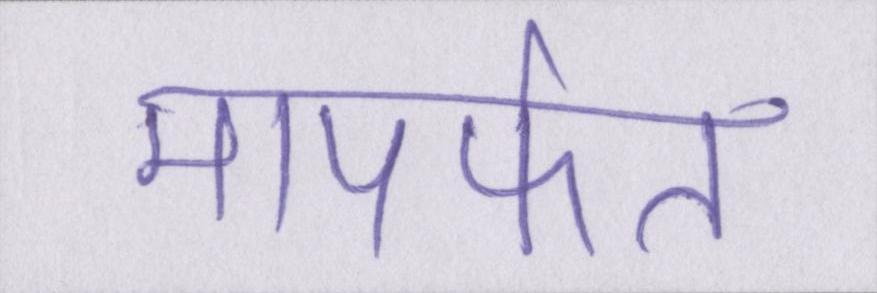
मापर्फत